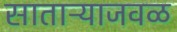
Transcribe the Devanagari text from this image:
साताऱ्याजवळ